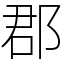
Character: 郡